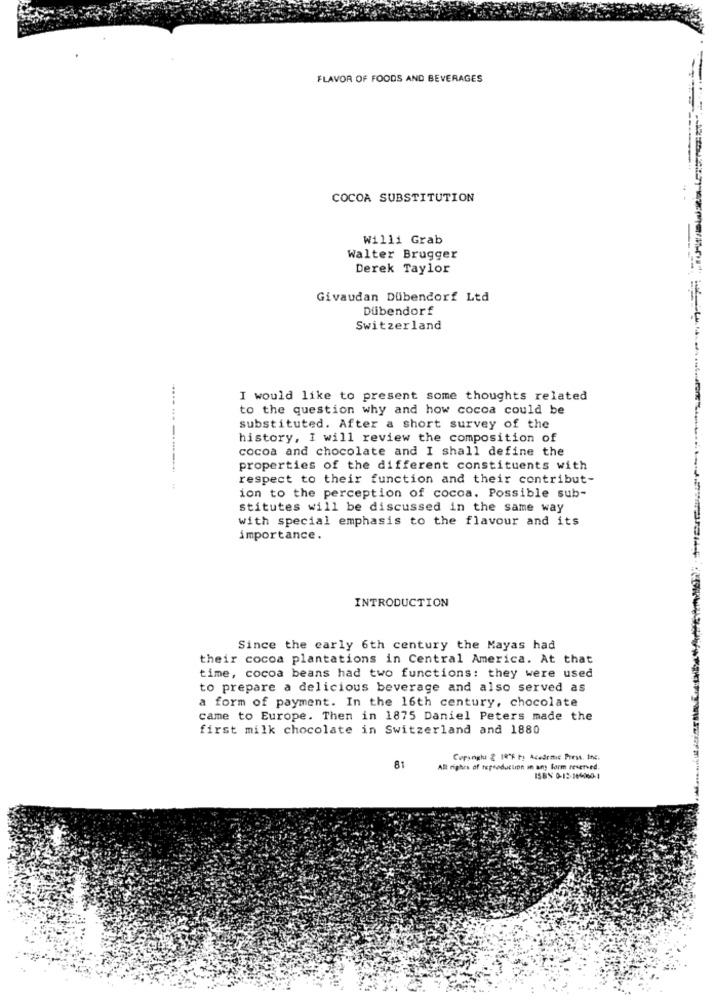
FLAVOR OF FOODS AND BEVERAGES
COCOA SUBSTITUTION
Willi Grab
Walter Brugger
Derek Taylor
Givaudan Dübendorf Ltd
Dübendorf
Switzerland
I would like to present some thoughts related
to the question why and how cocoa could be
substituted. After a short survey of the
history, I will review the composition of
cocoa and chocolate and I shall define the
------------
properties of the different constituents with
respect to their function and their contribut-
:
ion to the perception of cocoa. Possible sub-
Stitutes will be discussed in the same way
with special emphasis to the flavour and its
importance.
INTRODUCTION
Since the early 6th century the Mayas had
their cocoa plantations in Central America. At that
time, cocoa beans had two functions: they were used
to prepare a delicious beverage and also served as
a form of payment. In the 16th century, chocolate
came to Europe. Then in 1875 Daniel Peters made the
first milk chocolate in Switzerland and 1880
81
Copyright & 14"F ty Academic Press, Inc.
Alt rights of teproduction in any form reserved.
ISBN 0-12-1440661